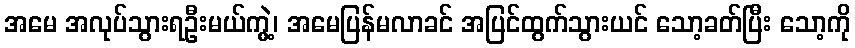
အမေ အလုပ်သွားရဦးမယ်ကွဲ့၊ အမေပြန်မလာခင် အပြင်ထွက်သွားယင် သော့ခတ်ပြီး သော့ကို